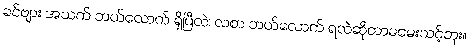
ခင်ဗျား အသက် ဘယ်လောက် ရှိပြီလဲ၊ လစာ ဘယ်လောက် ရလဲဆိုတာမမေးသင့်ဘူး။